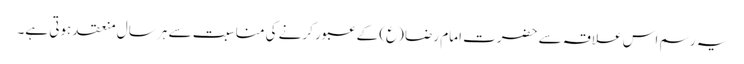
یہ رسم اس علاقہ سے حضرت امام رضا (ع) کے عبور کرنے کی مناسبت سے ہر سال منعقد ہوتی ہے۔